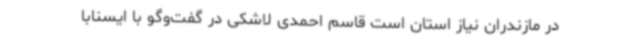
در مازندران نیاز استان است قاسم احمدی لاشکی در گفت‌وگو با ایسنابا